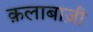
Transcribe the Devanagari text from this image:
क़लाबाज़ी